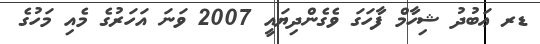
ޑރ ޢަބުދު ޝިހާމް ފާހަގަ ވެގެންދިޔައީ 2007 ވަނަ އަހަރުގެ މެއި މަހުގެ